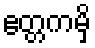
ဧတ္တကမှိ